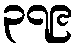
၃၇၉